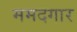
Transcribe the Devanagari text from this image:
ममदगार